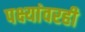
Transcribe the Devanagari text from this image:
पक्ष्यांवरही